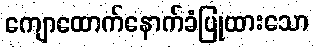
ကျောထောက်နောက်ခံပြုထားသော